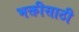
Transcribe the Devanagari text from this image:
भक्तीसाठी